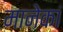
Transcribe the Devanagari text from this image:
मानेकां